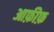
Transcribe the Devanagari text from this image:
आफ़ीफ़